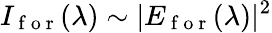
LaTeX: I_{\mathrm{~f~o~r~}}(\lambda)\sim|E_{\mathrm{~f~o~r~}}(\lambda)|^{2}